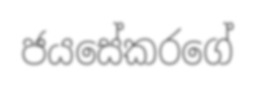
ජයසේකරගේ